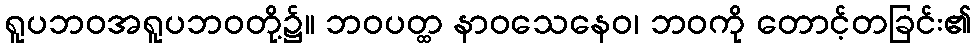
ရူပဘဝအရူပဘဝတို့၌။ ဘဝပတ္ထ နာဝသေနေဝ၊ ဘဝကို တောင့်တခြင်း၏